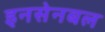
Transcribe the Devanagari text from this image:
इनसेनबल